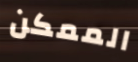
الممكن